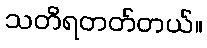
သတိရတတ်တယ်။